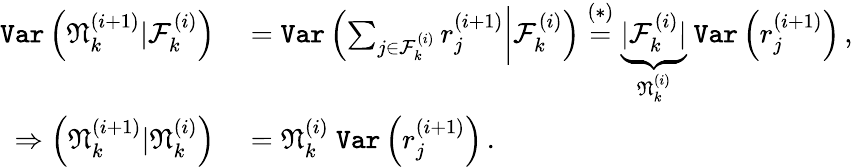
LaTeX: \begin{array}{rl}{\texttt{Var}\left(\mathfrak{N}_{k}^{(i+1)}|\mathcal{F}_{k}^{(i)}\right)}&{{}=\texttt{Var}\left(\sum_{j\in\mathcal{F}_{k}^{(i)}}r_{j}^{(i+1)}\bigg|\mathcal{F}_{k}^{(i)}\right)\stackrel{(*)}{=}\underbrace{|\mathcal{F}_{k}^{(i)}|}_{\mathfrak{N}_{k}^{(i)}}~\texttt{Var}\left(r_{j}^{(i+1)}\right)\, ,}\\ {\Rightarrow\left(\mathfrak{N}_{k}^{(i+1)}|\mathfrak{N}_{k}^{(i)}\right)}&{{}=\mathfrak{N}_{k}^{(i)}~\texttt{Var}\left(r_{j}^{(i+1)}\right)\, .}\end{array}